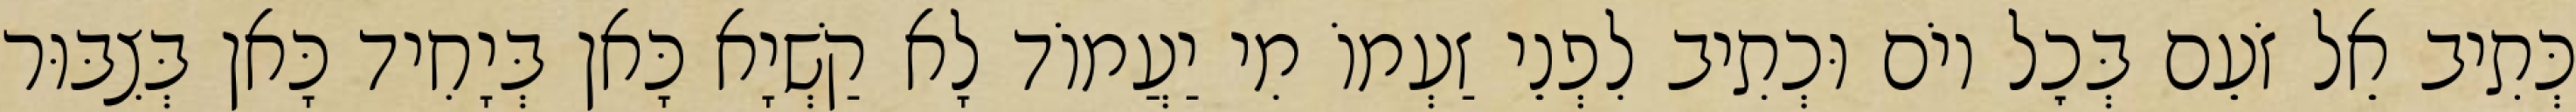
כְּתִיב אֵל זֹעֵם בְּכׇל יוֹם וּכְתִיב לִפְנֵי זַעְמוֹ מִי יַעֲמוֹד לָא קַשְׁיָא כָּאן בְּיָחִיד כָּאן בְּצִבּוּר